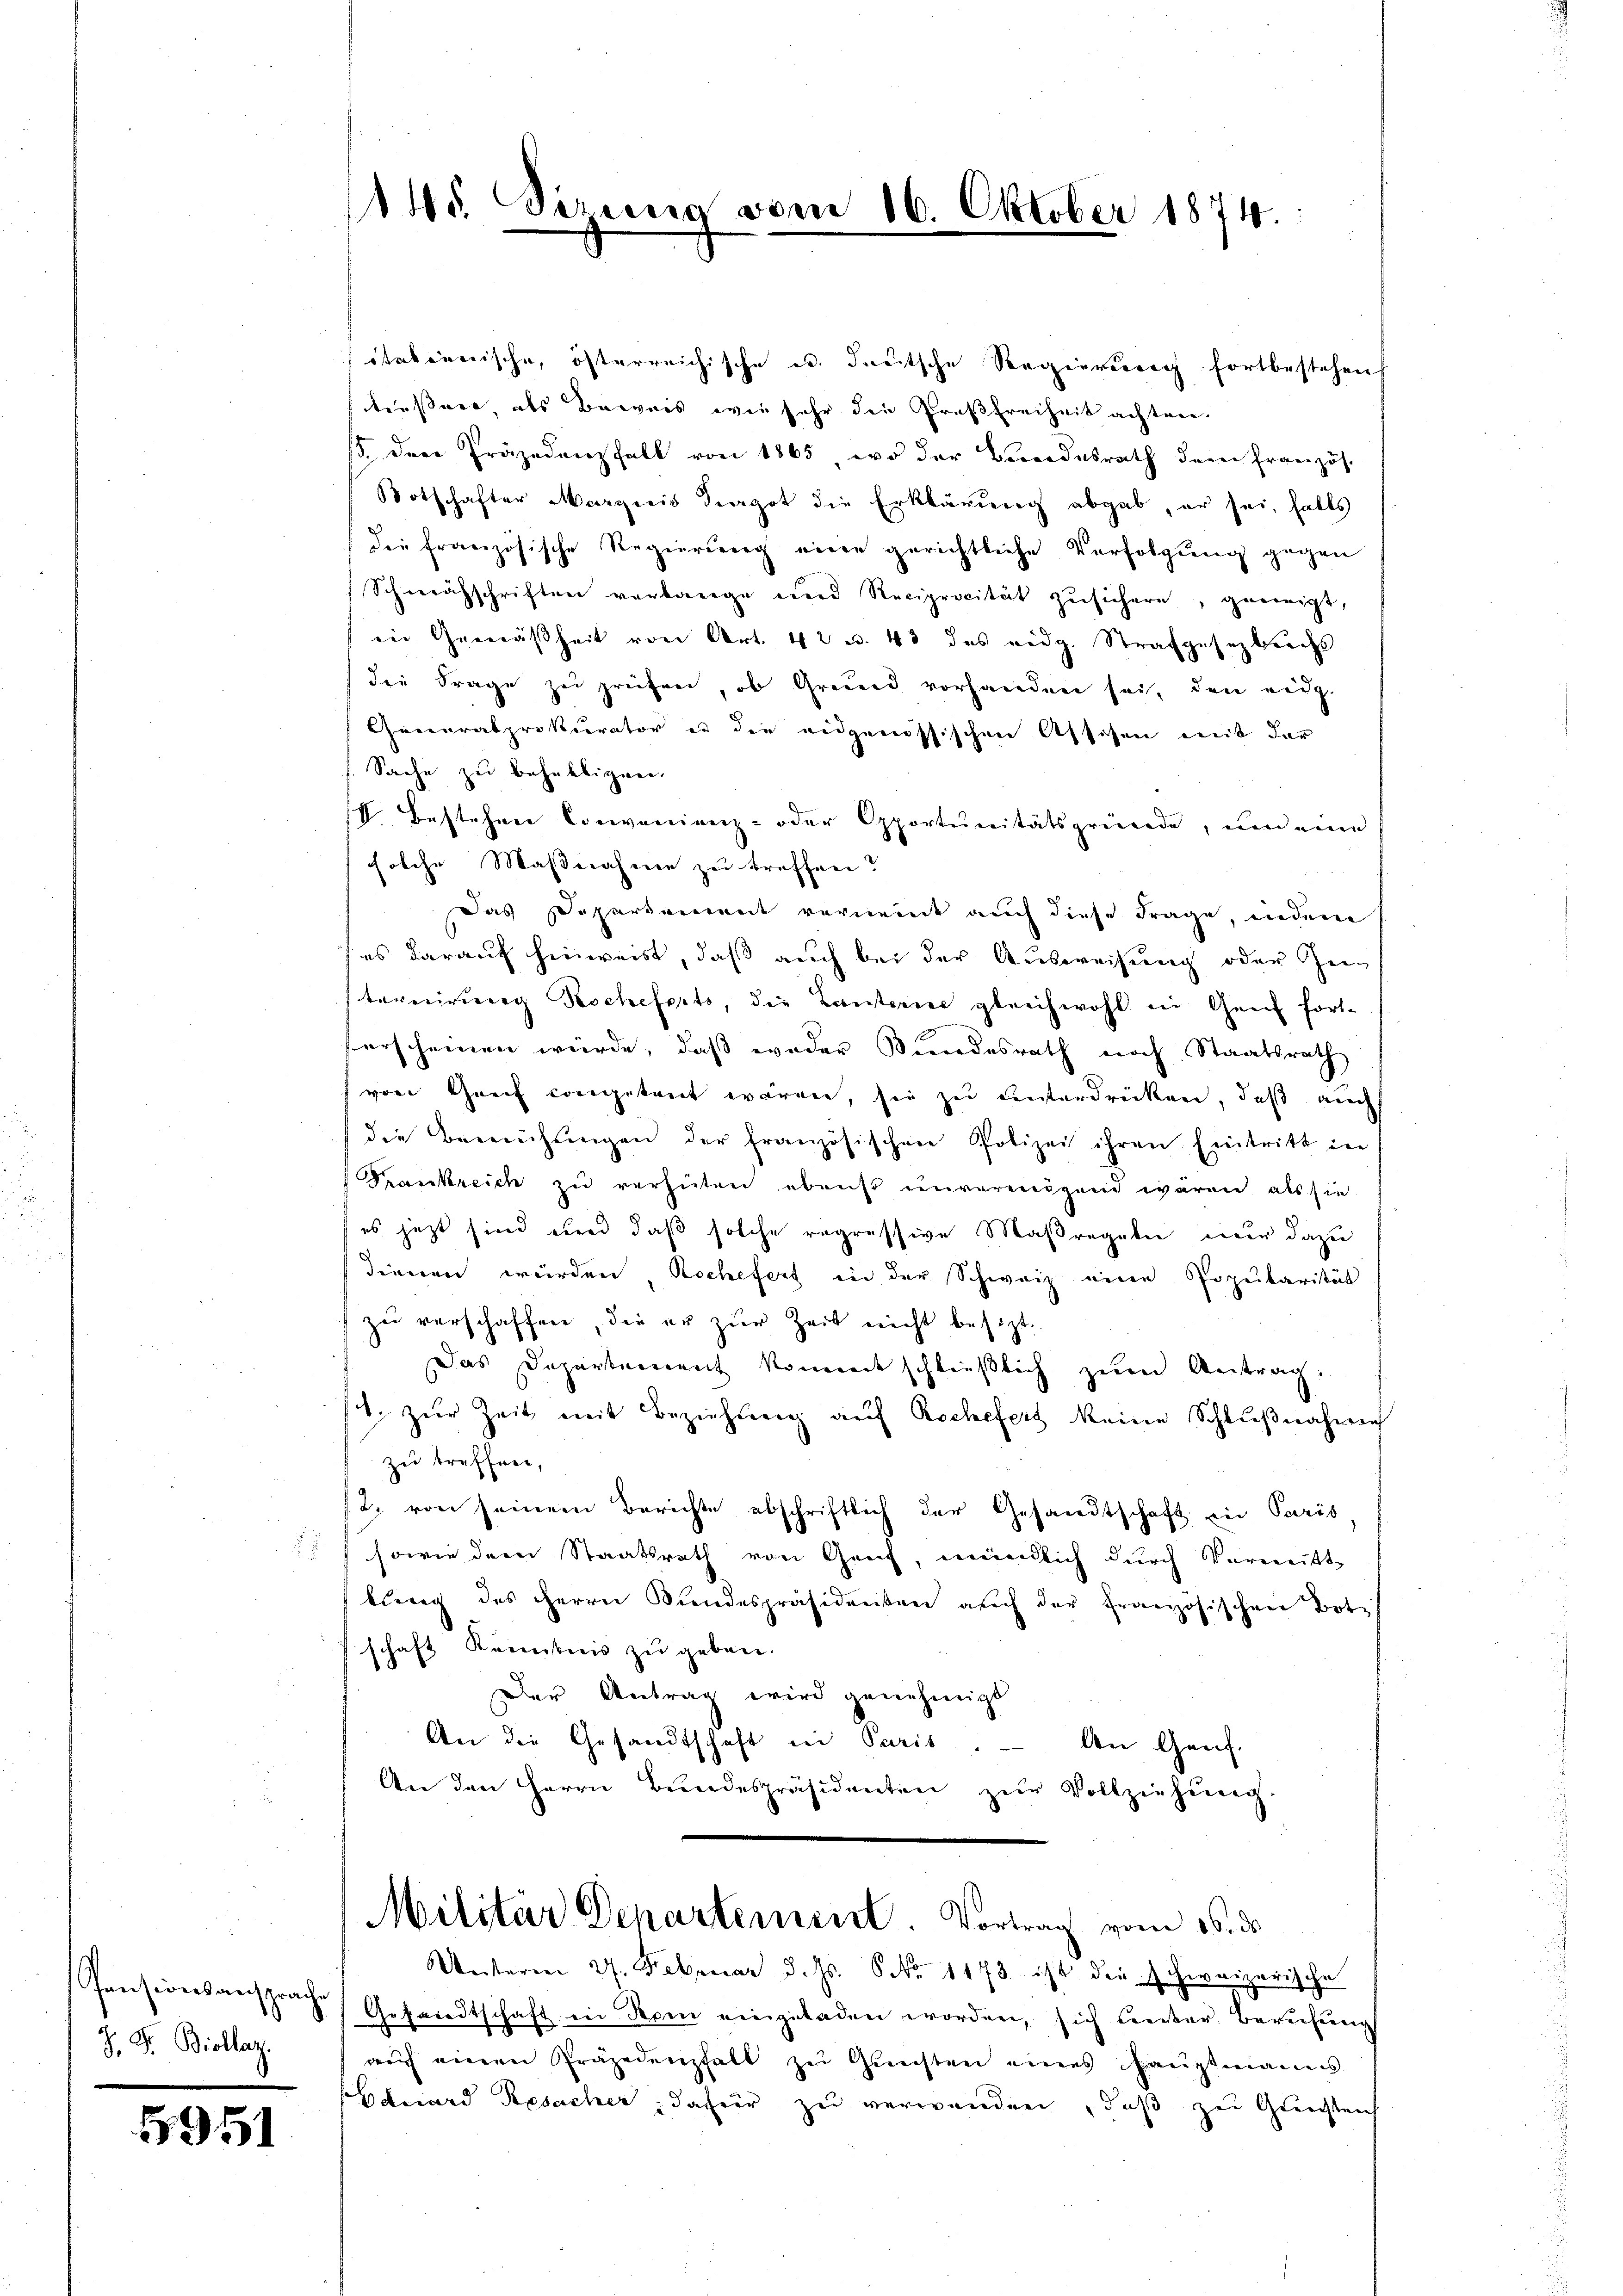
Pensionsansprach
J. F. Biollaz.

5951

145. Sizung vom 16. Oktober 1874.

itationische, österreichische u. deutsche Regierung fortbestehen
tiessert, als Beweis wie sehr die Großfreiheit achten.
/5. Der Präjedenz fall von 1865, wo der Bundesrath dem französ.
Botschafter Margicis Diagot die Erklärung abgab, er sei, falls
die französische Regierung eine gerichtliche Verfolgung gegen
Schweisschriften verlange und Reciprocität zŭsichern, geeinigt,
in Gemäßheit von Art. 423. 43 des eidg. Strafgesetzbuchs
die Frage zu prüfen, ob Grund vorhanden sei, den eidg.
Generalprokurator es die eidgenössischen Assisen mit der
Sache zu behaltigen.
II bestehen Convenienz- oder Opportunitätsgründe, und eine
solche Maßnahme zu treffen?
Das Departement vernennt auch diese Frage, indene
es darauf hinweist, daß auch bei der Ausweisung oder Zei
ternirung Rocheferts, die Cantorier gleichwohl in Genf fort-
herscheinen würde, daß weder Bundesrath noch Staatsrath
von Greif congetreit wären, sie zu unterdrücken, daß auch
die Bemühŭngen der französischen Polizei ihren Eintritt in
Frankreich zu verhüten ebenst unvermögend wären, als sie
es jetzt sind und daß solche regressive Maßregeln nur dazu
dienen würden, Rochefert in der Schweiz eine Popularität
zu verschaffen, die er zur Zeit nicht besizt
Das Departement kommt schließlich zum Antrag:
t. zŭr Zeit mit Beziehung aŭf Rochefert keine Schlŭβnahme
zu treffnen,
/2. von seinem Berichte abschriftlich der Gesandtschaft in Paris
sowie der Staatsrath von Genf, mündlich durch Vormitt
bung des Herrn Bundespräsidenten auch der französischen Botif
schaft Kenntnis zu geben.
Der Antrag wird genehmigt
An die Gesandtschaft in Paris. — An Genf.
An den Herrn Bundespräsidenten zur Vollziehung

Militär Departement. Vortrag vom 16. ds.

Unterm 27. Februar d. Js. 6 No 1173 ist die schweizerische
1 § 7 Gesandtschaft in Rom eingeladen worden, sich unter Berufung
auch einen Präjedenfalt zu Gunsten eines Haŭptmanns
duard Resacher dafür zu verwanden, daß zu Gerichten